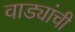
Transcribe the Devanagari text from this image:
वाड्यांची